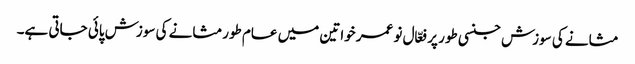
مثانے کی سوزش جنسی طور پر فعّال نو عمر خواتین میں عام طورمثانے کی سوزش پائی جاتی ہے۔